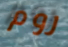
روم